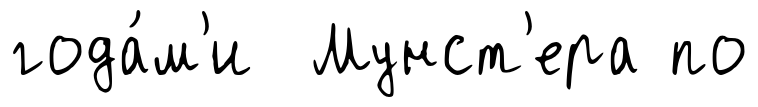
года́м'и Мунст'ера по